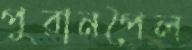
পুরানপৈল